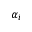
\alpha _ { i }